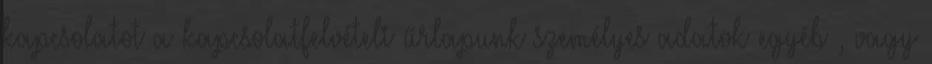
kapcsolatot a kapcsolatfelvételi űrlapunk személyes adatok egyéb , vagy